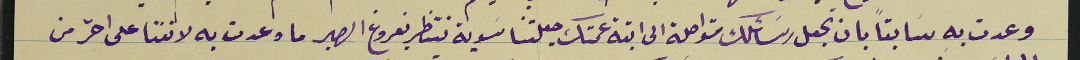
وعدت به سابقَا بان تجعل رسَائلك متواصلة الى ابنة عمتك. جعلتنا سَوية ننتظر بفروغ الصبر ما وعدت به لاننا على احّر من